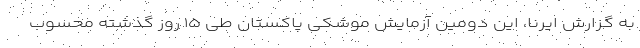
به گزارش ایرنا، این دومین آزمایش موشکی پاکستان طی ۱۵ روز گذشته محسوب